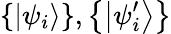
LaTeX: \left\{ \left|\psi_{i}\right\rangle\right\} ,\left\{ \left|\psi_{i}^{\prime}\right\rangle\right\}